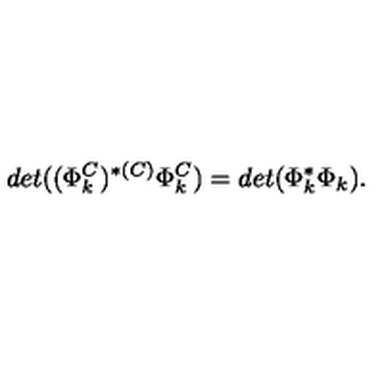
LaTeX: d e t ( ( \Phi _ { k } ^ { C } ) ^ { * ( C ) } \Phi _ { k } ^ { C } ) = d e t ( \Phi _ { k } ^ { * } \Phi _ { k } ) .